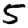
Digit: 5